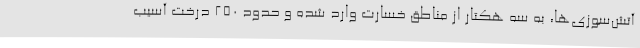
آتش‌سوزی‌ها، به سه هکتار از مناطق خسارت وارد شده و حدود 250 درخت آسیب